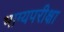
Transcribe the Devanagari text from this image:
भाग्यपरीक्षा